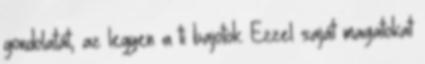
gondolatát, az legyen a ti bajotok. Ezzel saját magatokat